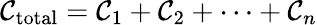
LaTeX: \mathcal{C}_{\mathrm{{total}}}=\mathcal{C}_{1}+\mathcal{C}_{2}+\cdots+\mathcal{C}_{n}